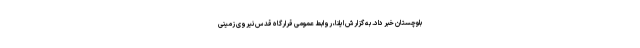
بلوچستان خبر داد. به گزارش ایلنا، روابط عمومی قرارگاه قدس نیروی زمینی